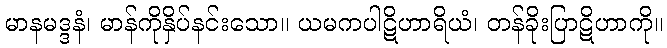
မာနမဒ္ဒနံ၊ မာန်ကိုနှိပ်နင်းသော။ ယမကပါဋိဟာရိယံ၊ တန်ခိုးပြာဋိဟာကို။